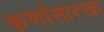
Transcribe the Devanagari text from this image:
कर्णासारखा